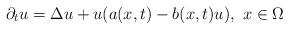
LaTeX: \begin{align*}\partial_t u=\Delta u + u(a(x,t)-b(x,t)u), \ x\in \Omega\end{align*}